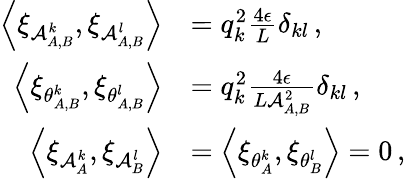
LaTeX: \begin{array}{rl}{\left\langle\xi_{\mathcal{A}_{A,B}^{k}},\xi_{\mathcal{A}_{A,B}^{l}}\right\rangle}&{=q_{k}^{2}\frac{4\epsilon}{L}\delta_{kl}\, ,}\\ {\left\langle\xi_{\theta_{A,B}^{k}},\xi_{\theta_{A,B}^{l}}\right\rangle}&{=q_{k}^{2}\frac{4\epsilon}{L\mathcal{A}_{A,B}^{2}}\delta_{kl}\, ,}\\ {\left\langle\xi_{\mathcal{A}_{A}^{k}},\xi_{\mathcal{A}_{B}^{l}}\right\rangle}&{=\left\langle\xi_{\theta_{A}^{k}},\xi_{\theta_{B}^{l}}\right\rangle=0\, ,}\end{array}